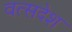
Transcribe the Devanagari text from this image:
वत्सदेश